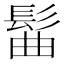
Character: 髷